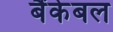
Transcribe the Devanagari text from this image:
बैंकेबल